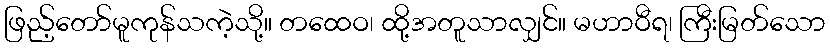
ဖြည့်တော်မူကုန်သကဲ့သို့။ တထေဝ၊ ထို့အတူသာလျှင်။ မဟာဝီရ၊ ကြီးမြတ်သော